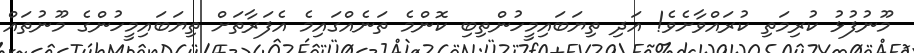
މޫނުފުޅު ކުރިމަތި ކުރައްވާށެވެ! އަދި ތިޔަބައިމީހުންތިބި ކޮންމެ ތަނެއްގައިމެ އެފަރާތަށް ތިޔަބައިމީހުންގެ މޫނުތައް